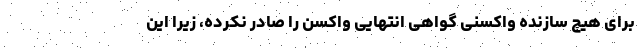
برای هیچ سازنده واکسنی گواهی انتهایی واکسن را صادر نکرده، زیرا این